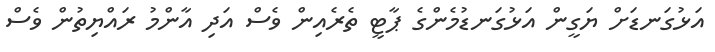
އަޅުގަނޑަށް ޔަގީން އަޅުގަނޑުމެންގެ ޕާޓީ ތެރެއިން ވެސް އަދި އާންމު ރައްޔިތުން ވެސް